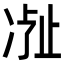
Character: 𬅽